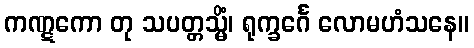
ကဏ္ဋကော တု သပတ္တသ္မိံ၊ ရုက္ခင်္ဂေ လောမဟံသနေ။